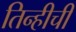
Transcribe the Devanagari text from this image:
तिन्हीची